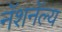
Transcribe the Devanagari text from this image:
नॅशनॅल्य